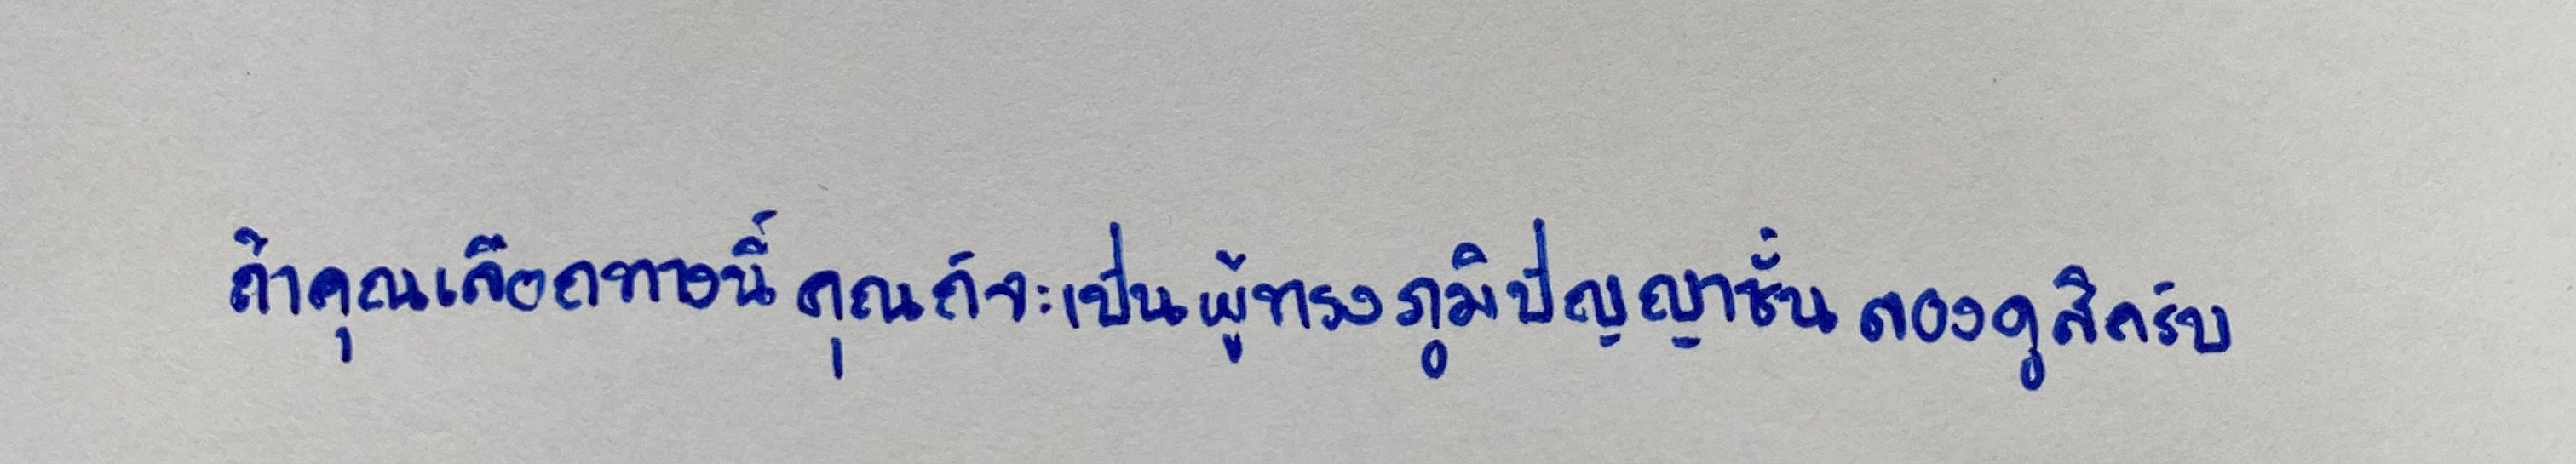
ถ้าคุณเลือกทางนี้คุณก็จะเป็นผู้ทรงภูมิปัญญาชั้นลองดูสิครับ